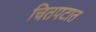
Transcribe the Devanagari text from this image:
चितपटात